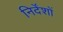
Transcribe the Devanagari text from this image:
निर्देंशों